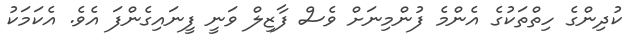
ކުދިންގެ ހިތްތަކުގެ އެންމެ ފުންމިނަށް ވެސް ފާޒިލް ވަނީ ފީނައިގެންފަ އެވެ. އެކަމަކު